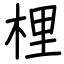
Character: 梩